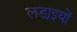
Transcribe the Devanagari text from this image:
लडा़इयों